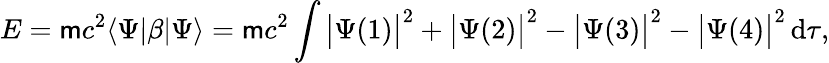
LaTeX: E=\mathsf{m}c^{2}\langle\Psi|\beta|\Psi\rangle=\mathsf{m}c^{2}\int{\big|}\Psi(1){\big|}^{2}+{\big|}\Psi(2){\big|}^{2}-{\big|}\Psi(3){\big|}^{2}-{\big|}\Psi(4){\big|}^{2}\, \mathrm{{d}}\tau,